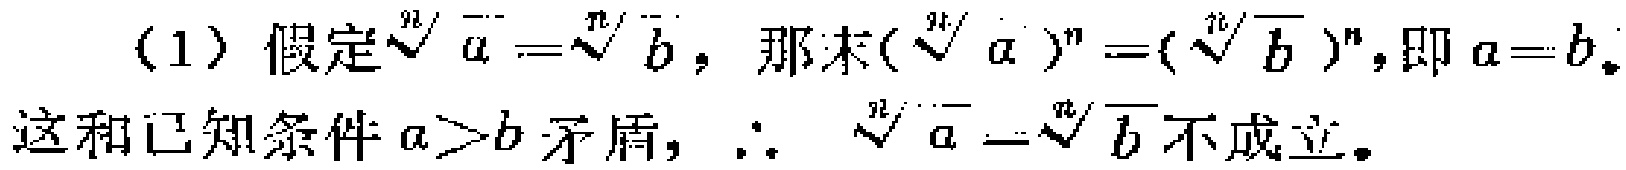
（1）假定$\sqrt[n]{a}=\sqrt[n]{b}$，那么$(\sqrt[n]{a})^n = (\sqrt[n]{b})^n$，即$a = b$。这和已知条件$a > b$矛盾，$\therefore$ $\sqrt[n]{a}=\sqrt[n]{b}$不成立。